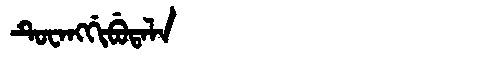
Manchu: ᡨᡠᠸᠠᠩᡤᡳᠪᡠᡨᠠᠯᠠ
Romanization: TUWANGGIBUTALA